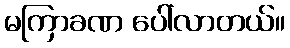
မကြာခဏ ပေါ်လာတယ်။